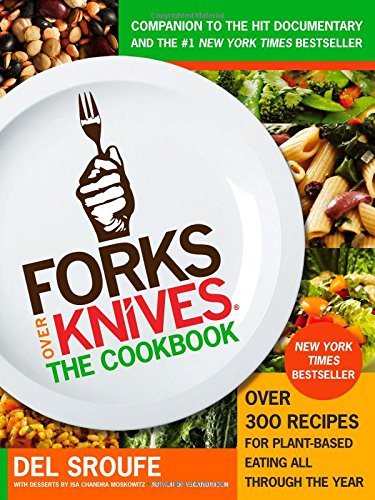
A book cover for Forks Over KnivesThe Cookbook: Over 300 Recipes for Plant-Based Eating All Through the Year; Del Sroufe; Cookbooks, Food & Wine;